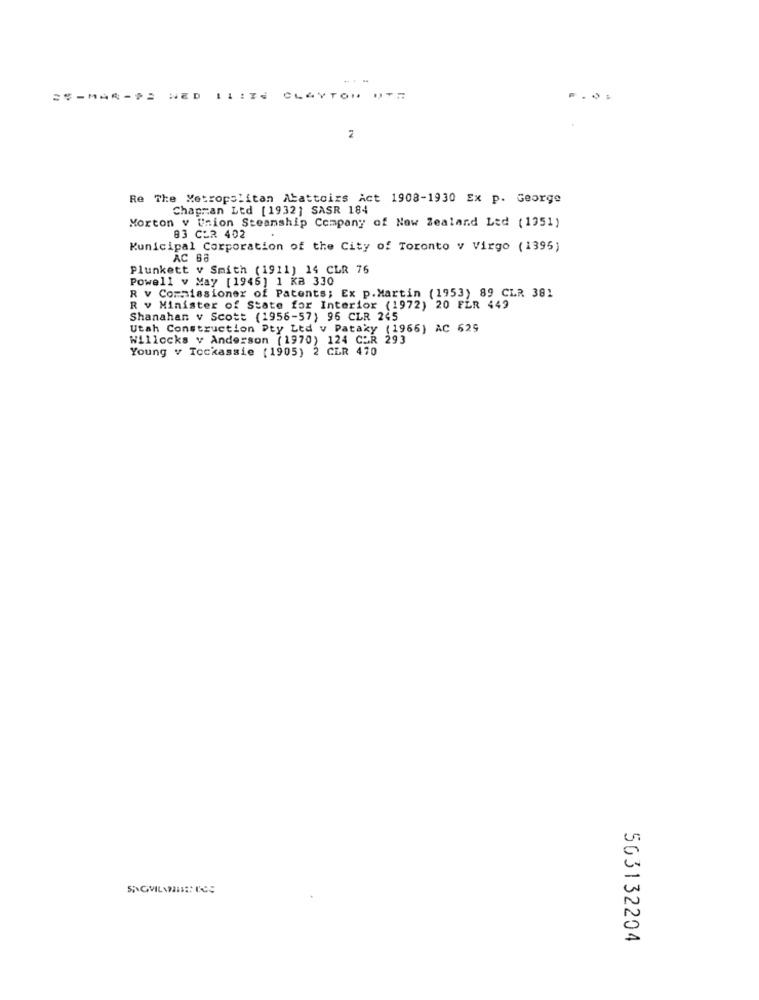
2%-MAR->= NED II:24 CLAYTON UT7
.„
Re The Metropolitan Abattoirs Act 1908-1930 Ex p. George
Chapman Ltd [1932] SASR 184
Morton v Union Steamship Company of New Zealand Led ( 1951)
83 CLR 402
Municipal Corporation of the City of Toronto v Virgo (1395)
AC 68
Plunkett v Smith (1911) 14 CLR 76
Powell v May [1946] 1 KB 330
R v Commissioner of Patents; Ex p.Martin (1953) 89 CLR 381
R v Minister of State for Interior (1972) 20 FER 449
Shanahan v Scott (1956-57) 95 CLR 245
Utah Construction Pty Ltd v Pataky (1966) AC 629
Willocks v Anderson (1970) 124 C2R 293
Young v Tockassie (1905) 2 CER 470
503132204